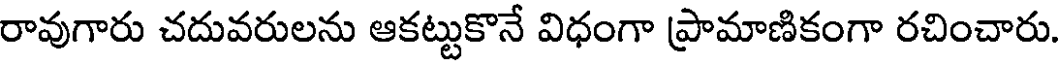
రావుగారు చదువరులను ఆకట్టుకొనే విధంగా ప్రామాణికంగా రచించారు.